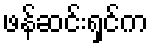
ဖန်ဆင်းရှင်က